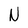
Character: N